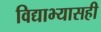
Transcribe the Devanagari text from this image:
विद्याभ्यासही